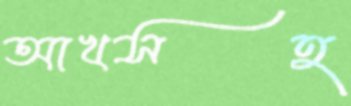
আখসহ